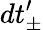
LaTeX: dt_{\pm}^{\prime}